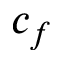
c _ { f }